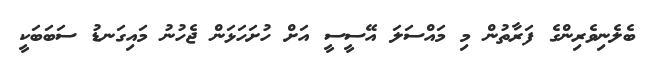
ބެލެނިވެރިންގެ ފަރާތުން މި މައްސަލަ އޭސީސީ އަށް ހުށަހަޅަން ޖެހުނު މައިގަނޑު ސަބަބަކީ